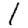
Digit: 1